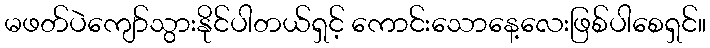
မဖတ်ပဲကျော်သွားနိုင်ပါတယ်ရှင့် ကောင်းသောနေ့လေးဖြစ်ပါစေရှင်။